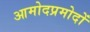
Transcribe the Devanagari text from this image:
आमोदप्रमोदों